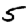
Digit: 5